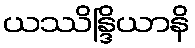
ယဿိန္ဒြိယာနိ